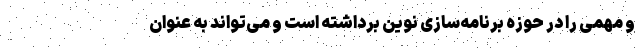
و مهمی را در حوزه برنامه‌سازی نوین برداشته است و می‌تواند به عنوان